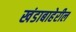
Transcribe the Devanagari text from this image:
खंडाबाहेरील